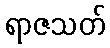
ရာဇသတ်